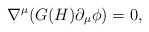
\begin{align*} \nabla^\mu(G(H)\partial_\mu\phi)=0,\end{align*}